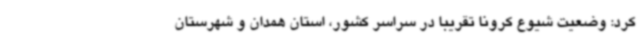
کرد: وضعیت شیوع کرونا تقریباً در سراسر کشور، استان همدان و شهرستان